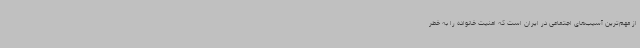
از مهم‌ترین آسیب‌های اجتماعی در ایران است که امنیت خانواده را به خطر